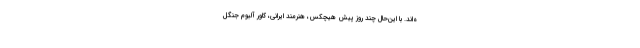
ه‌اند. با این‌حال چند روز پیش هیچکس، هنرمند ایرانی، کاور آلبوم جنگل